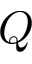
Q